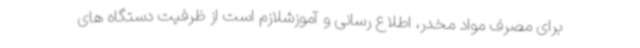
برای مصرف مواد مخدر، اطلاع رسانی و آموزشلازم است از ظرفیت دستگاه های